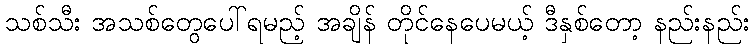
သစ်သီး အသစ်တွေပေါ်ရမည့် အချိန် တိုင်နေပေမယ့် ဒီနှစ်တော့ နည်းနည်း